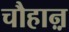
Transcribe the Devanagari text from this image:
चौहाऩ़